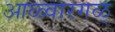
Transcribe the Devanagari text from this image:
आळ्वारगळ्